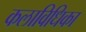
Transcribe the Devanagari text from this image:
कलाविधिका